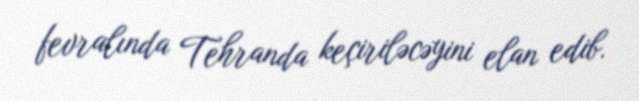
fevralında Tehranda keçiriləcəyini elan edib.